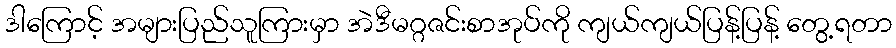
ဒါကြောင့် အများပြည်သူကြားမှာ အဲဒီမဂ္ဂဇင်းစာအုပ်ကို ကျယ်ကျယ်ပြန့်ပြန့် တွေ့ရတာ